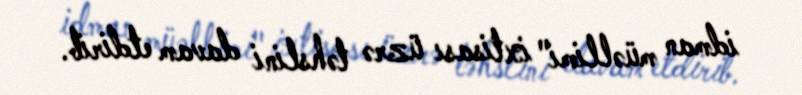
idman müəllimi" ixtisası üzrə təhslini davam etdirib.